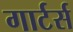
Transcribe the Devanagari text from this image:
गार्टर्स